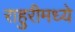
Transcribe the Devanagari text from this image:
राहुरीमध्ये